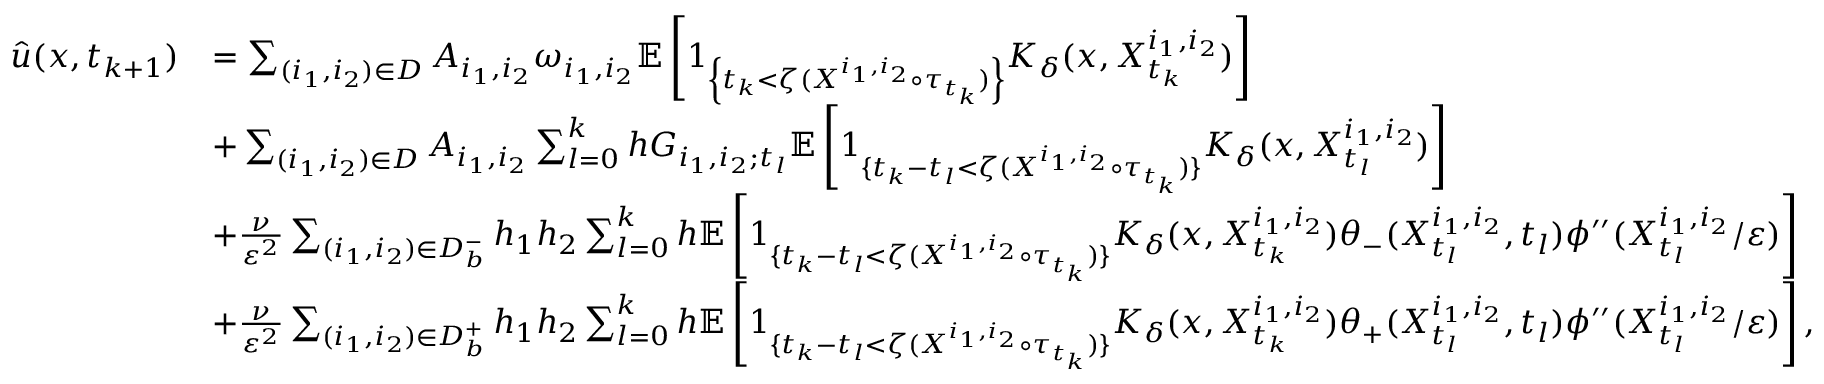
\begin{array} { r l } { \Hat { u } ( x , t _ { k + 1 } ) } & { = \sum _ { ( i _ { 1 } , i _ { 2 } ) \in D } A _ { i _ { 1 } , i _ { 2 } } \omega _ { i _ { 1 } , i _ { 2 } } \mathbb { E } \left[ 1 _ { \left\{ t _ { k } < \zeta ( X ^ { i _ { 1 } , i _ { 2 } } \circ \tau _ { t _ { k } } ) \right\} } K _ { \delta } ( x , X _ { t _ { k } } ^ { i _ { 1 } , i _ { 2 } } ) \right] } \\ & { + \sum _ { ( i _ { 1 } , i _ { 2 } ) \in D } A _ { i _ { 1 } , i _ { 2 } } \sum _ { l = 0 } ^ { k } h G _ { i _ { 1 } , i _ { 2 } ; t _ { l } } \mathbb { E } \left[ 1 _ { \{ t _ { k } - t _ { l } < \zeta ( X ^ { i _ { 1 } , i _ { 2 } } \circ \tau _ { t _ { k } } ) \} } K _ { \delta } ( x , X _ { t _ { l } } ^ { i _ { 1 } , i _ { 2 } } ) \right] } \\ & { + \frac { \nu } { \varepsilon ^ { 2 } } \sum _ { ( i _ { 1 } , i _ { 2 } ) \in D _ { b } ^ { - } } h _ { 1 } h _ { 2 } \sum _ { l = 0 } ^ { k } h \mathbb { E } \left[ 1 _ { \{ t _ { k } - t _ { l } < \zeta ( X ^ { i _ { 1 } , i _ { 2 } } \circ \tau _ { t _ { k } } ) \} } K _ { \delta } ( x , X _ { t _ { k } } ^ { i _ { 1 } , i _ { 2 } } ) \theta _ { - } ( X _ { t _ { l } } ^ { i _ { 1 } , i _ { 2 } } , t _ { l } ) \phi ^ { \prime \prime } ( X _ { t _ { l } } ^ { i _ { 1 } , i _ { 2 } } / \varepsilon ) \right] } \\ & { + \frac { \nu } { \varepsilon ^ { 2 } } \sum _ { ( i _ { 1 } , i _ { 2 } ) \in D _ { b } ^ { + } } h _ { 1 } h _ { 2 } \sum _ { l = 0 } ^ { k } h \mathbb { E } \left[ 1 _ { \{ t _ { k } - t _ { l } < \zeta ( X ^ { i _ { 1 } , i _ { 2 } } \circ \tau _ { t _ { k } } ) \} } K _ { \delta } ( x , X _ { t _ { k } } ^ { i _ { 1 } , i _ { 2 } } ) \theta _ { + } ( X _ { t _ { l } } ^ { i _ { 1 } , i _ { 2 } } , t _ { l } ) \phi ^ { \prime \prime } ( X _ { t _ { l } } ^ { i _ { 1 } , i _ { 2 } } / \varepsilon ) \right] , } \end{array}